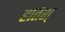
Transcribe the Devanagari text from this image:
होतेश्